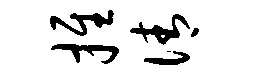
推倩